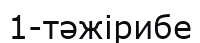
1-тәжірибе